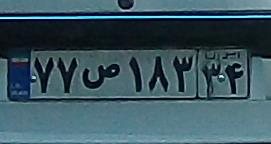
۷۷ص۱۸۳۳۴